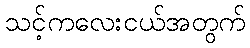
သင့်ကလေးငယ်အတွက်